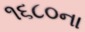
૧૬૮૦ના